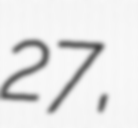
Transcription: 27,